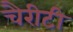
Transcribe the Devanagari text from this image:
चैरीटी